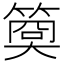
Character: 𥱁